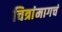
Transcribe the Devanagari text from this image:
चित्रांमागचं